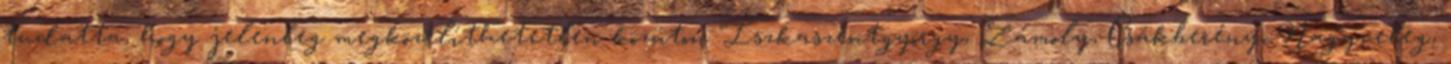
tudatta, hogy jelenleg megközelíthetetlen közúton Iszkaszentgyörgy, Zámoly, Csákberény, Nagyveleg,